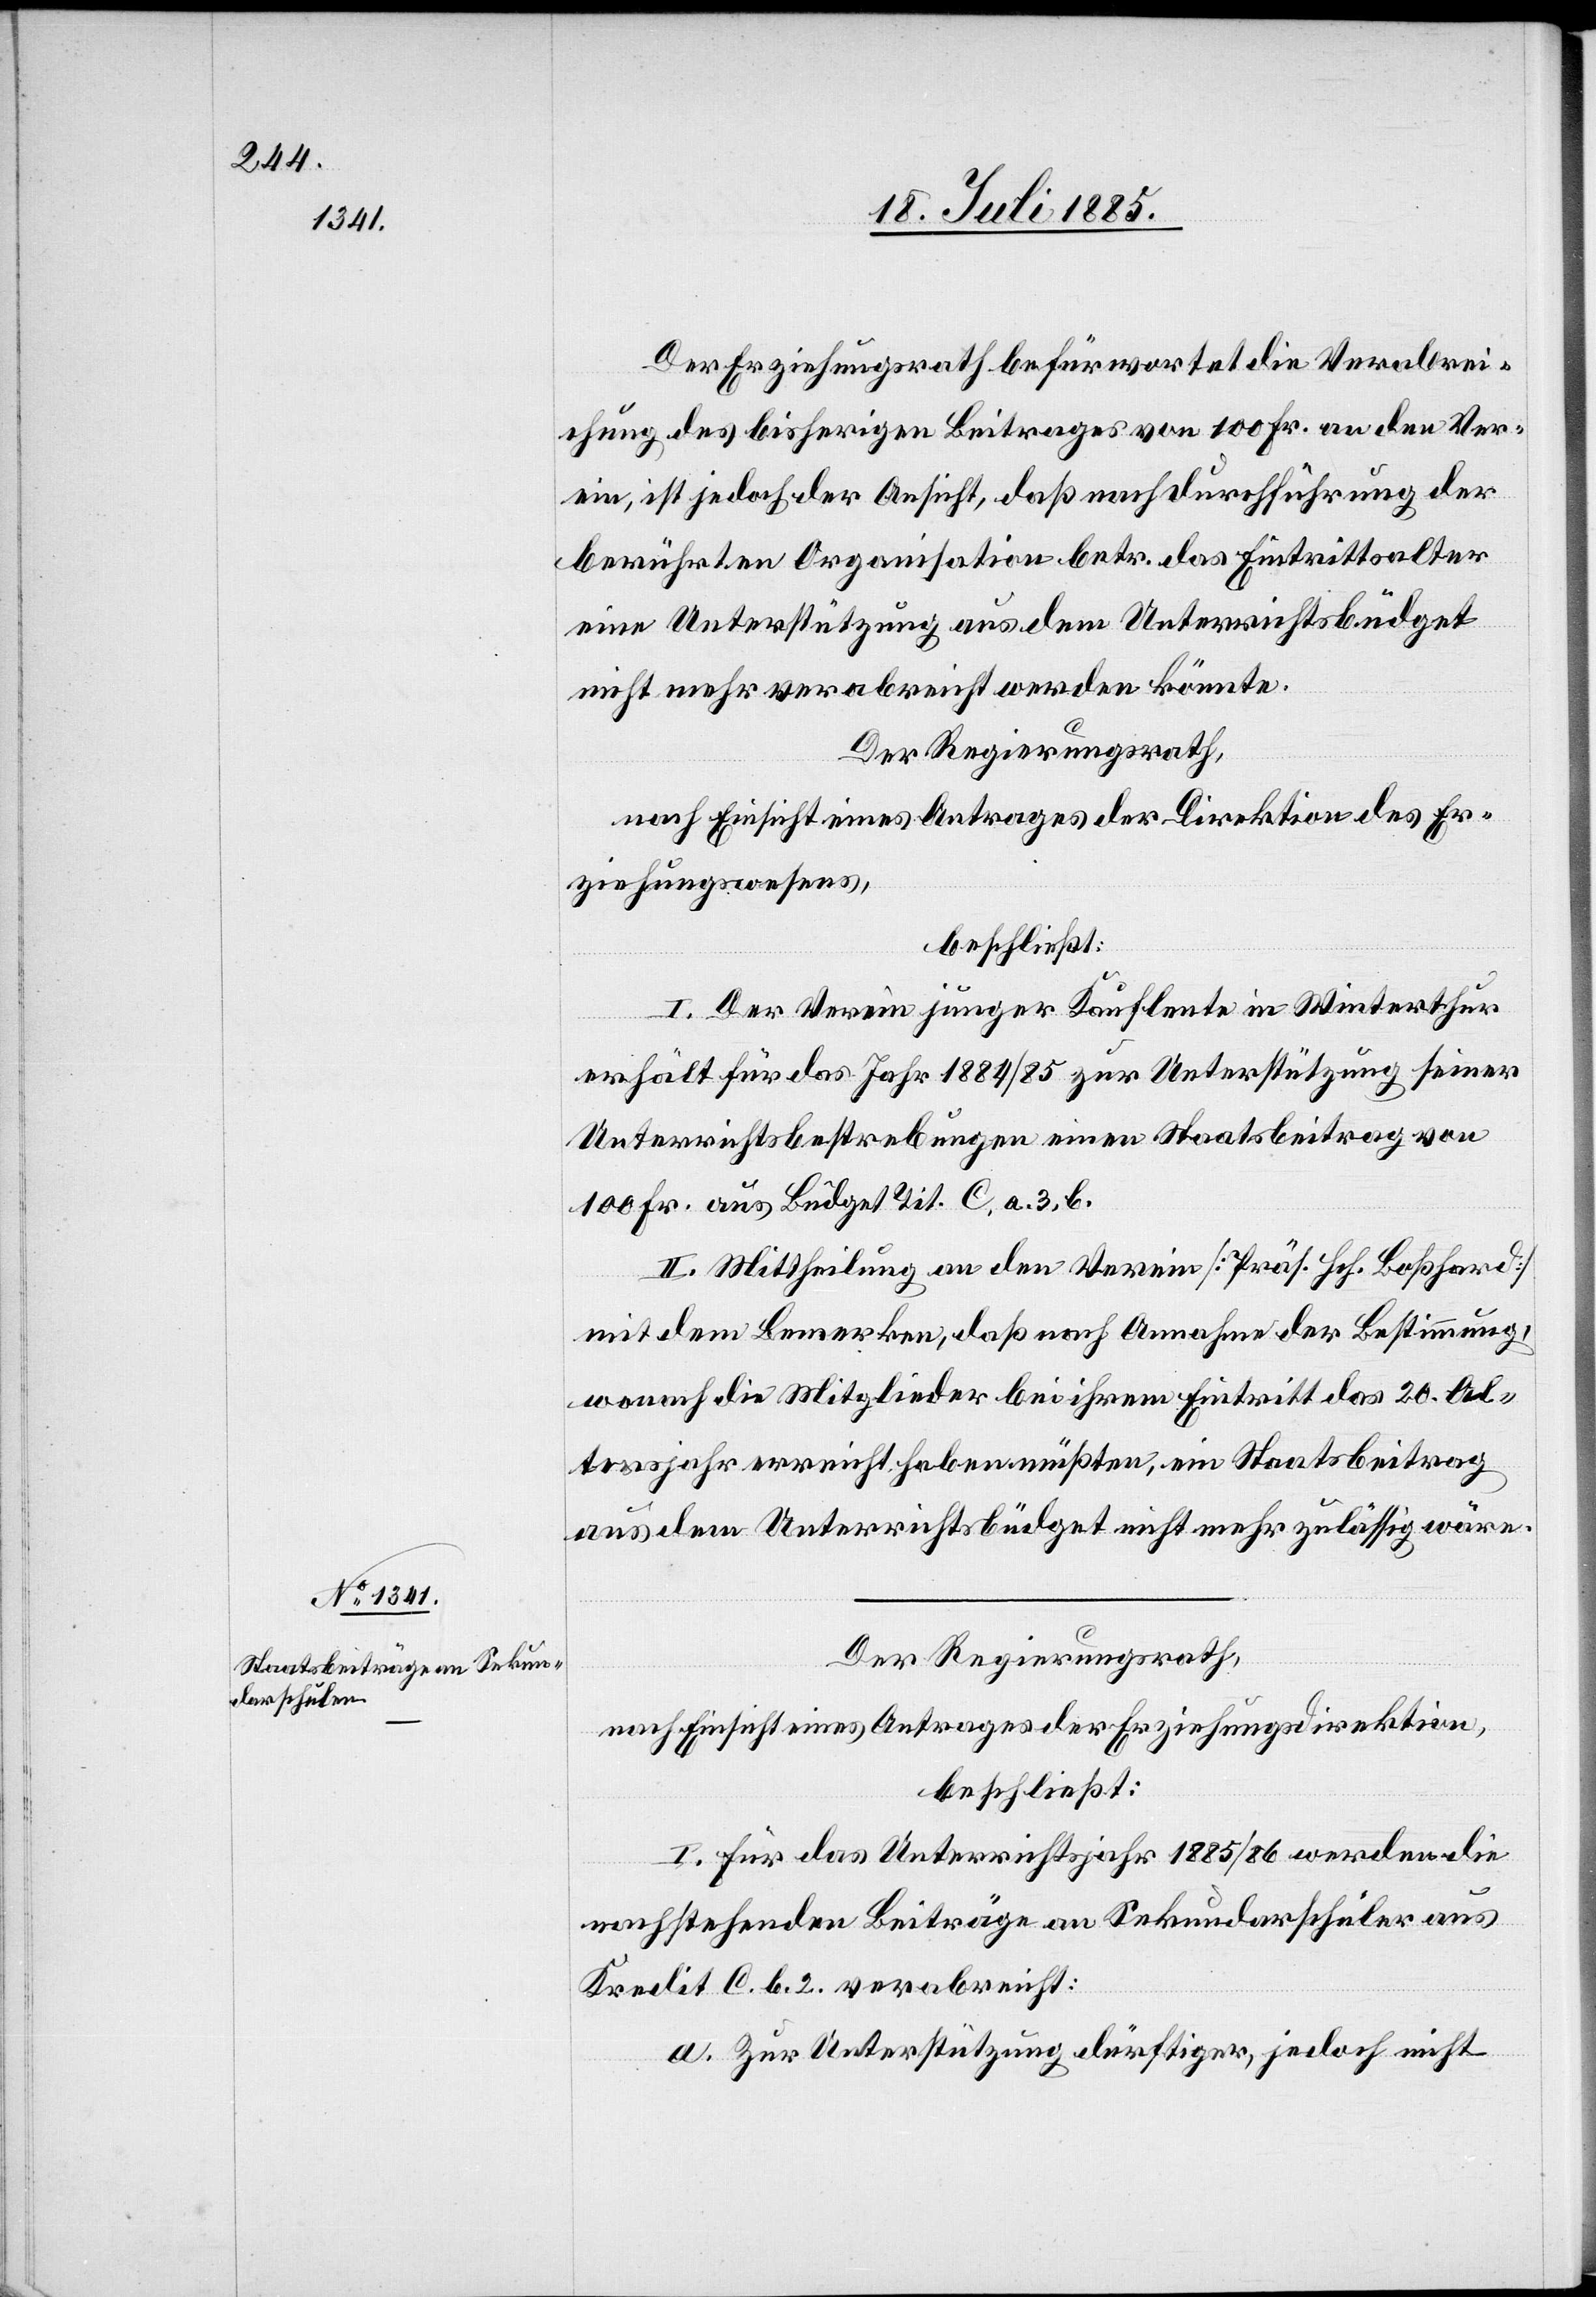
Der Erziehungsrath befürwortet die Verabrei¬
chung des bisherigen Beitrages von 100 Fr. an den Ver¬
ein, ist jedoch der Ansicht, daß nach Durchführung der
berührten Organisation betr. das Eintrittsalter
eine Unterstützung aus dem Unterrichtsbüdget
nicht mehr verabreicht werden könnte.
Der Regierungsrath,
nach Einsicht eines Antrages der Direktion des Er¬
ziehungswesens,
beschließt:
I. Der Verein junger Kaufleute in Winterthur
erhält für das Jahr 1884/85 zur Unterstützung seiner
Unterrichtsbestrebungen einen Staatsbeitrag von
100 Fr. aus Büdget Tit. C. a. 3. b.
II. Mittheilung an den Verein [Präs. Hch. Boßhard]
mit dem Bemerken, daß nach Annahme der Bestimmung,
wonach die Mitglieder bei ihrem Eintritt das 20. Al¬
tersjahr erreicht haben müßten, ein Staatsbeitrag
aus dem Unterrichtsbüdget nicht mehr zulässig wäre.
Der Regierungsrath,
nach Einsicht eines Antrages der Erziehungsdirektion,
beschließt:
I. Für das Unterrichtsjahr 1885/86 werden die
nachstehenden Beiträge an Sekundarschüler aus
Kredit C. b. 2 verabreicht:
a. Zur Unterstützung dürftiger, jedoch nicht